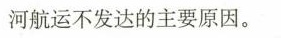
河航运不发达的主要原因。